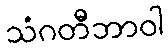
သံဂတီဘာဝါ